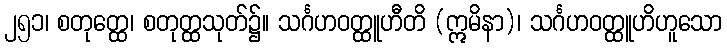
၂၅၁၊ စတုတ္ထေ၊ စတုတ္ထသုတ်၌။ သင်္ဂဟဝတ္ထူဟီတိ (ဣမိနာ)၊ သင်္ဂဟဝတ္ထူဟိဟူသော